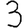
Digit: 3